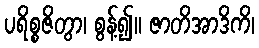
ပရိစ္စဇိတွာ၊ စွန့်၍။ ဇာတိအာဒိကိ၊